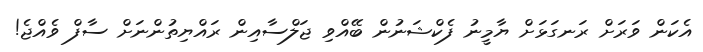
އެކަން ވަރަށް ރަނގަޅަށް ޔާމީނު ފެކްޝަނުން ބޭއްވި ޖަލްސާއިން ރައްޔިތުންނަށް ސާފް ވެއްޖެ!